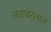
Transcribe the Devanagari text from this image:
जवाबरलाल